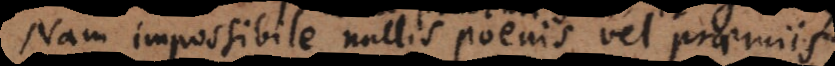
Nam impossibile nullis poenis vel praemiis